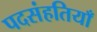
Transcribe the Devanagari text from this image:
पदसंहतियाँ